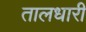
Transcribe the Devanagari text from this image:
तालधारी